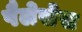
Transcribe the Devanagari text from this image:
पैलेसेस